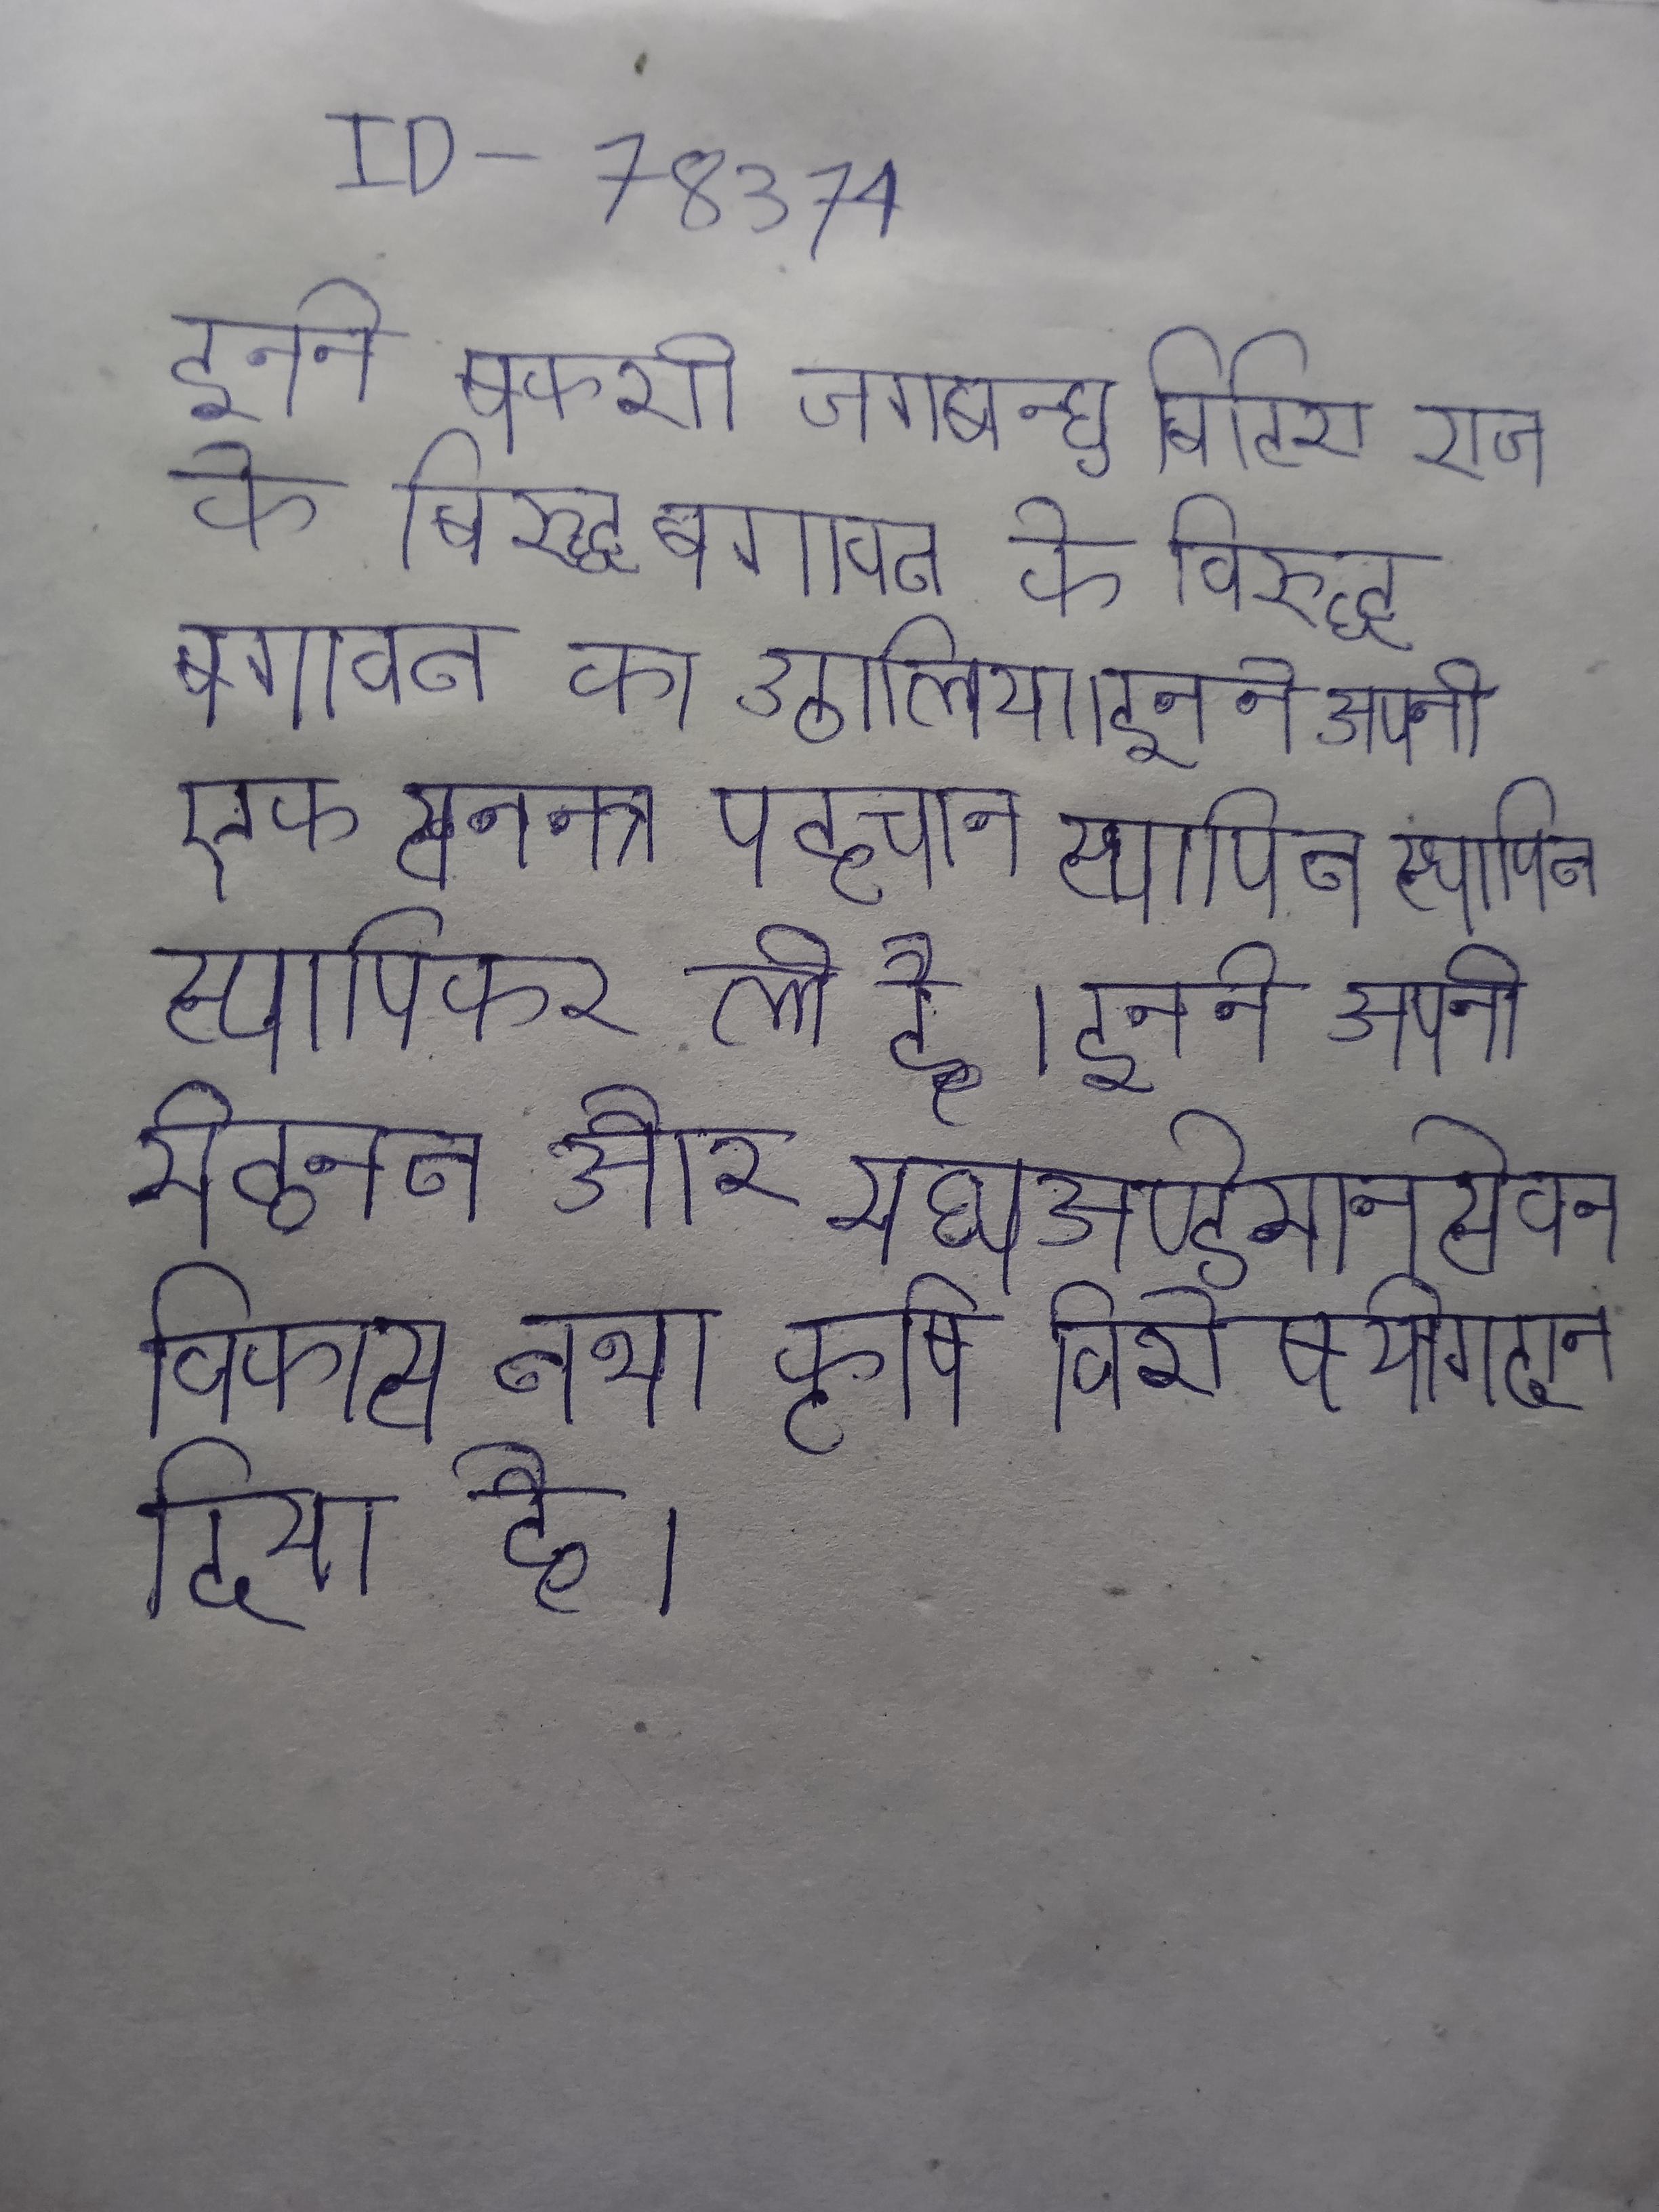
इन ने बक्शी जगबन्धु बिद्याधर के नेतृत्व ब्रिटिश राज के विरुद्ध बगावत का उठा लिया । इन ने अपनी एक स्वतन्त्र पहचान स्थापित कर ली है । इन ने अपनी मेहनत और लगन से दक्षिणी अण्डेमान और मध्य अण्डेमान से वन विकास तथा कृषि विशेष योगदान दिया है ।